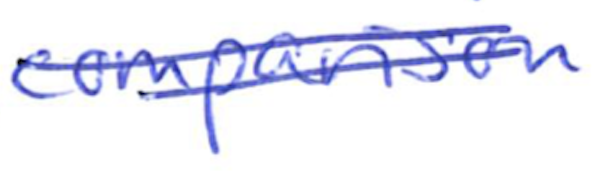
Text: comparison
Cross-out: double-line
Writing tool: ballpoint